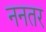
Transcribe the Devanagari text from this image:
ननतर